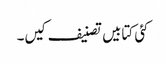
کئی کتابیں تصنیف کیں۔